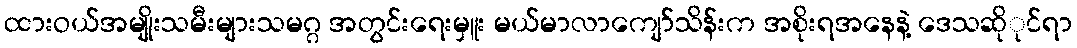
ထားဝယ်အမျိုးသမီးများသမဂ္ဂ အတွင်းရေးမှူး မယ်မာလာကျော်သိန်းက အစိုးရအနေနဲ့ ဒေသဆိုုင်ရာ